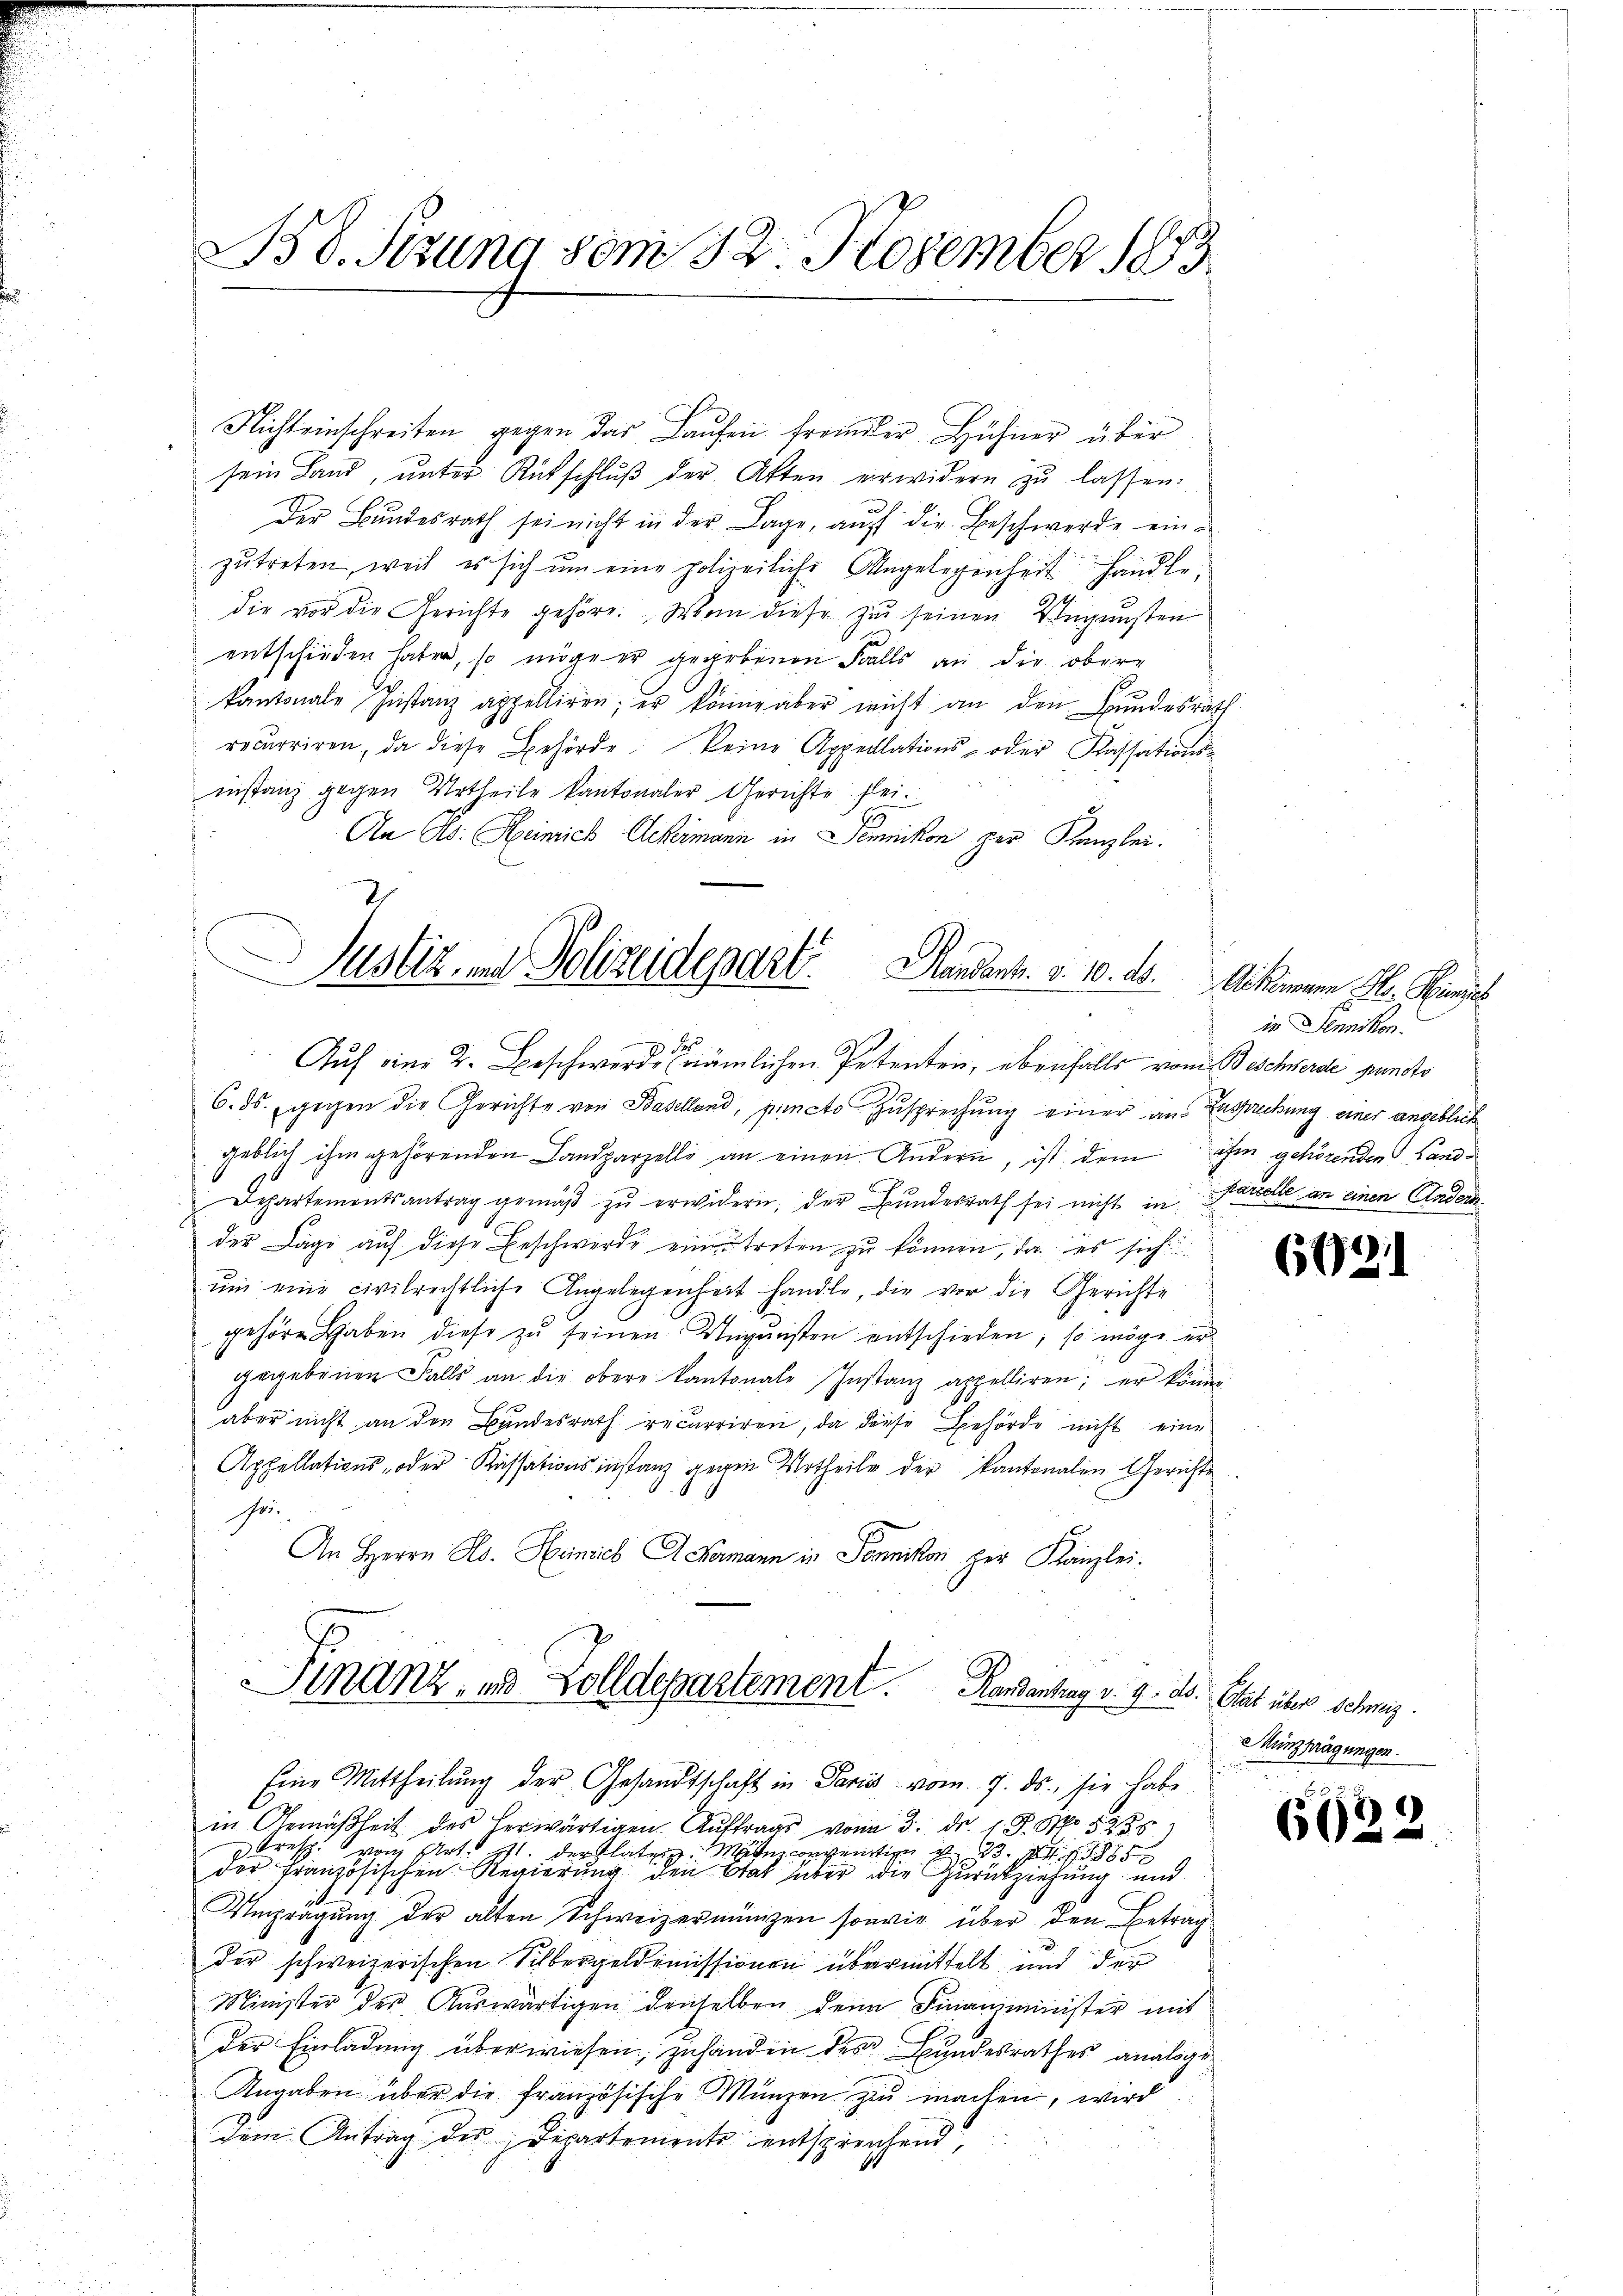
B 8. Sizung vom 22. November 1873

Nichteinschreiben gegen das Laufen fremder Hühner über
sein Land, unter Rütschlŭβ der Akten erwidern zu lassen:
Der Bundesrath sei nicht in der Lage, auf die Beschwerde einzŭtreten, weil es sich um eine polizeiliche Angelegenheit handle.
die vor die Gerichte gehöre. Wenn diese zu seinen Ungesten
entschieden haben, so möge er gegebenen Falls an die obere
kantonale Instanz appelliren; er könne aber nicht an den Bundesrath
recurriren, da diese Behörde keine Appellations- oder Kassationsinstanz gegen Urtheile kantonaler Gerichte sei.
An As. Heinrich Ackermann in Seminikon per Kanzlei.
2
Justiz und Polizeideparti
Handent. d. 10. A. Ad kommene H. Hinzel

Fr
Auf eine 2. Beschwerde (nämlichen Petenten, ebenfalls vom Beschwerde puncto

Finanz, und Zolldepartement. Handantrag v. 9. ds. Etat über Schweiz.
Eine Mittheilŭng der Gesandtschaft in Paris vom 7. ds., sie habe

6. ds. gegen die Gerichte von Baselland, puncte Zusprechung einer aus Zugankung einer angeblich
geblich ihm gehörenden Landparzelle an einen Andern, ist dem ihm gehörenden Land¬
Departementsantrag gemäβ zŭ erwidern, der Bundesrath sei nicht in Parzelle an einen Andern
der Lage auf diese Beschwerde eintreten zu können, da es sich
ŭm eine civilrechtliche Angelegenheit handle, die vor die Gerichte
gehöre haben diese zŭ seinen Ungünsten entschieden, so möge er
gegebenen Falls an die obere Kantonale Instanz appelliren; er könne
aber nicht an den Bundesrath recurriren, da diese Behörde nicht eine
Appellations- oder Kassationsinstanz gegen Urtheile der kantonalen Gerichte
he.
An Herrn Hs. Heinrich A Kamann in Formnikon her Kanzlei.

in Gemäßheit des herwärtigen Aŭftrags vom 3. d. 18. No 893
 resp. von Art ist der Platzen Mate conventin v. 185
der französischen Regierung den Stat über die Zurückziehung und
Umprägung der alten Schweizermünigen sowie über den Betrag
der schweizerischen Silbergeldemissionen übermittelt und der
Minister der Aŭswärtigen denselben denn Finanzminister mit
der Einladung überwiesen, zuhanden der Bundesrathes analsge¬
Angaben über die französische Münzen zu machen, wird
dem Antrag des Departements entsprechend,

io Sennikon.

6021

Minzprägungen.

6622